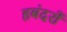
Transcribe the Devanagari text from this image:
हबंदरों